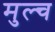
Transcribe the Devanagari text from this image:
मुल्च